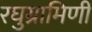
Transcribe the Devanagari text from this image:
रघुग्रामिणी